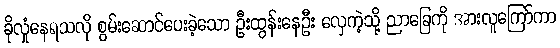
ခိုလှုံနေရသလို စွမ်းဆောင်ပေးခဲ့သော ဦးထွန်းနေဦး လှေကဲ့သို့ ညာခြေကို အားလူကြော်ကာ